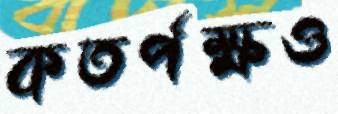
কতর্পক্ষও